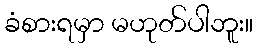
ခံစားရမှာ မဟုတ်ပါဘူး။